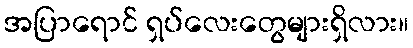
အပြာရောင် ရှပ်လေးတွေများရှိလား။